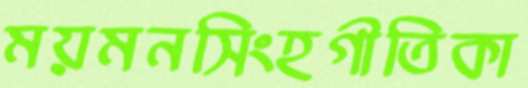
ময়মনসিংহগীতিকা